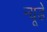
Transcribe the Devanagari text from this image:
न्यूडे